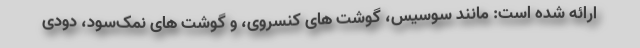
ارائه شده است: مانند سوسیس، گوشت های کنسروی، و گوشت های نمک‌سود، دودی